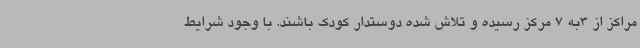
مراکز از 3به 7 مرکز رسیده و تلاش شده دوستدار کودک باشند. با وجود شرایط